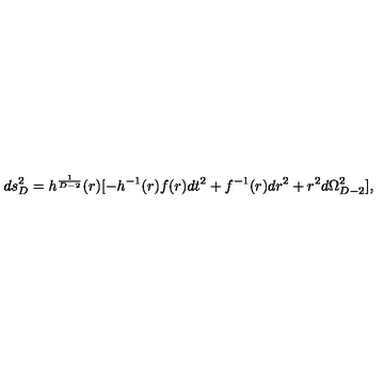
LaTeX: d s _ { D } ^ { 2 } = h ^ { \frac { 1 } { D - 2 } } ( r ) [ - h ^ { - 1 } ( r ) f ( r ) d t ^ { 2 } + f ^ { - 1 } ( r ) d r ^ { 2 } + r ^ { 2 } d \Omega _ { D - 2 } ^ { 2 } ] ,